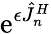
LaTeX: \mathrm{e}^{\epsilon\hat{{J}}_{n}^{H}}